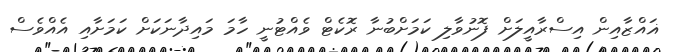
ޣައްޒާއިން އިސްރާއީލަށް ފޮނުވާލި ކަމަށްބުނާ ރޮކެޓް ވެއްޓުނީ ހާމަ މައިދާނަކަށް ކަމަށާއި އެއްވެސް